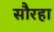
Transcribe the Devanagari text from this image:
सौरहा